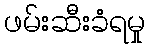
ဖမ်းဆီးခံရမှု